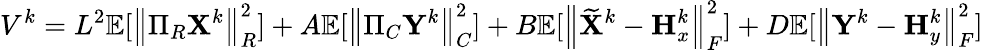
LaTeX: V^{k}=L^{2}{\mathbb{E}}[\left\| \Pi_{R}{\mathbf{X}}^{k}\right\| _{R}^{2}]+A{\mathbb{E}}[\left\| \Pi_{C}{\mathbf{Y}}^{k}\right\| _{C}^{2}]+B{\mathbb{E}}[\left\| \widetilde{{\mathbf{X}}}^{k}-{\mathbf{H}}_{x}^{k}\right\| _{F}^{2}]+D{\mathbb{E}}[\left\| {\mathbf{Y}}^{k}-{\mathbf{H}}_{y}^{k}\right\| _{F}^{2}]